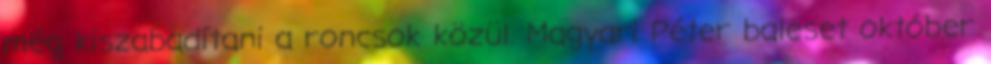
még kiszabadítani a roncsok közül. Magyari Péter baleset október